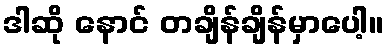
ဒါဆို နောင် တချိန်ချိန်မှာပေါ့။